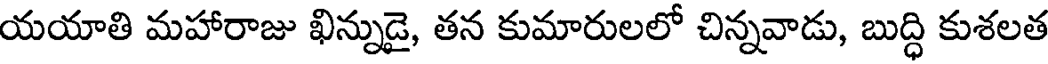
యయాతి మహారాజు ఖిన్నుడై, తన కుమారులలో చిన్నవాడు, బుద్ధి కుశలత